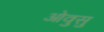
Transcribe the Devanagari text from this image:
ओवुसु